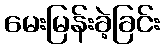
မေးမြန်းခဲ့ခြင်း